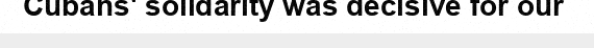
Cubans' solidarity was decisive for our